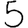
Digit: 5